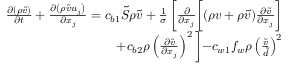
\begin{array} { r } { \frac { \partial ( \rho \tilde { v } ) } { \partial t } + \frac { \partial \left( \rho \tilde { v } u _ { j } \right) } { \partial x _ { j } } = c _ { b 1 } \tilde { S } \rho \tilde { v } + \frac { 1 } { \sigma } \left[ \frac { \partial } { \partial x _ { j } } \biggl [ ( \rho v + \rho \tilde { v } ) \frac { \partial \tilde { v } } { \partial x _ { j } } \right] } \\ { + c _ { b 2 } \rho \left( \frac { \partial \tilde { v } } { \partial x _ { j } } \right) ^ { 2 } \biggl ] - c _ { w 1 } f _ { w } \rho \left( \frac { \tilde { v } } { \tilde { d } } \right) ^ { 2 } } \end{array}